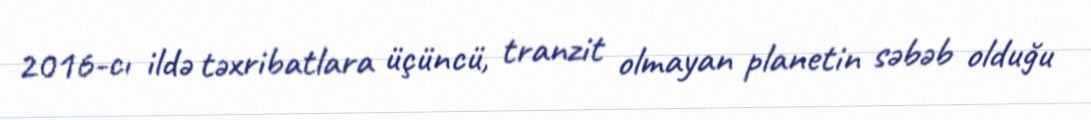
2016-cı ildə təxribatlara üçüncü, tranzit olmayan planetin səbəb olduğu